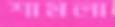
শামলা